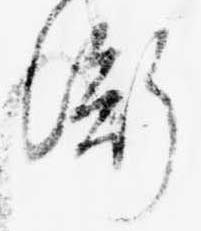
衡